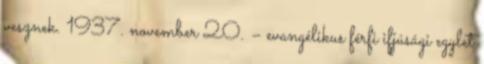
vesznek. 1937. november 20. – evangélikus férfi ifjúsági egylet